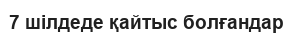
7 шілдеде қайтыс болғандар